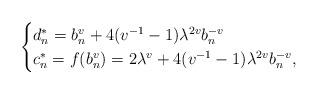
LaTeX: \begin{align*}\begin{cases}d_{n}^{*}=b^{v}_{n}+4(v^{-1}-1)\lambda^{2v}b_{n}^{-v}\\c_{n}^{*}=f(b_{n}^{v})=2\lambda^{v}+4(v^{-1}-1)\lambda^{2v}b_{n}^{-v},\end{cases}\end{align*}